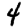
Digit: 4